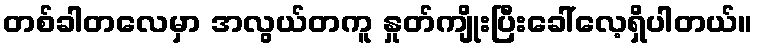
တစ်ခါတလေမှာ အလွယ်တကူ နှုတ်ကျိုးပြီးခေါ်လေ့ရှိပါတယ်။